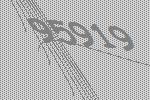
95919